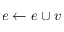
e \leftarrow e \cup v